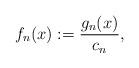
LaTeX: \begin{align*} f_n(x) := \frac{g_n(x)}{c_n}, \end{align*}